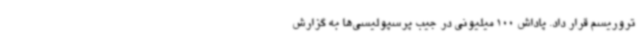
تروریسم قرار داد. پاداش 100 میلیونی در جیب پرسپولیسی‌ها به گزارش